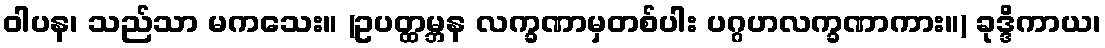
ဝါပန၊ သည်သာ မကသေး။ (ဥပတ္ထမ္ဘန လက္ခဏာမှတစ်ပါး ပဂ္ဂဟလက္ခဏာကား။) ခုဒ္ဒိကာယ၊